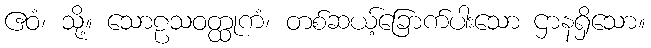
ဧဝံ၊ သို့။ သောဠသဝတ္ထုကံ၊ တစ်ဆယ့်ခြောက်ပါးသော ဌာနရှိသော။